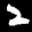
Label: 2